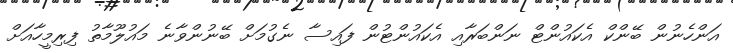
އަންހެނުން ބޭންކް އެކައުންޓް ނަންބަރާއި އެކައުންޓުން ފައިސާ ނެގުމަށް ބޭނުންވާނެ މައުލޫމާތު ފިރިމީހާއަށް